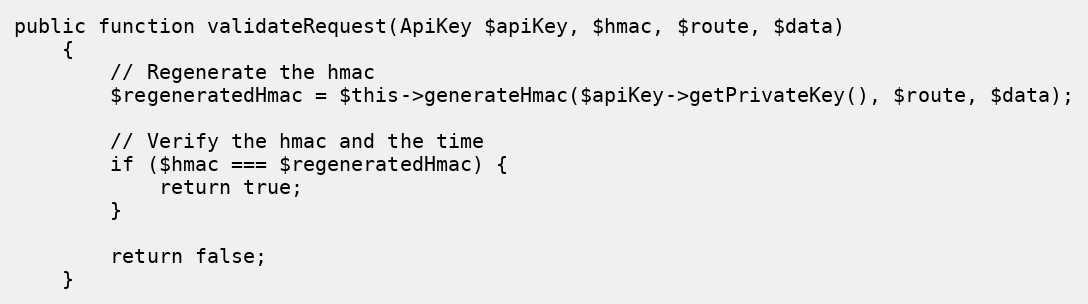
Language: PHP
public function validateRequest(ApiKey $apiKey, $hmac, $route, $data)
    {
        // Regenerate the hmac
        $regeneratedHmac = $this->generateHmac($apiKey->getPrivateKey(), $route, $data);

        // Verify the hmac and the time
        if ($hmac === $regeneratedHmac) {
            return true;
        }

        return false;
    }